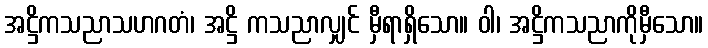
အဋ္ဌိကသညာသဟဂတံ၊ အဋ္ဌိ ကသညာလျှင် မှီရာရှိသော။ ဝါ၊ အဋ္ဌိကသညာကိုမှီသော။